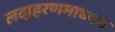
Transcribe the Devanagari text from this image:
लदाहरणमाध्यम